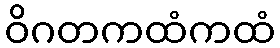
ဝိဂတကထံကထံ